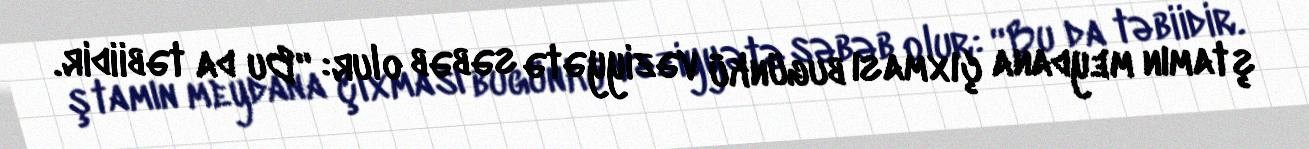
ştamın meydana çıxması bugünkü vəziyyətə səbəb olur: “Bu da təbiidir.